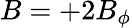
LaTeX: B=+2B_{\phi}